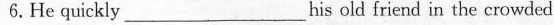
6.He quickly ___ his old friend in the crowded